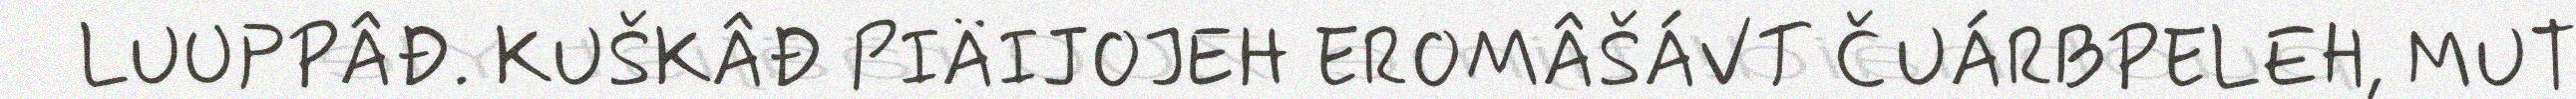
LUUPPÂĐ. KUŠKÂĐ PIÄIJOJEH EROMÂŠÁVT ČUÁRBPELEH, MUT